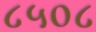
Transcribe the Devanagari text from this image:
८५०८